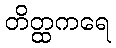
တိတ္ထကရေ